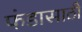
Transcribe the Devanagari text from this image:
फंडासाठी